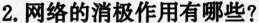
2.网络的消极作用有哪些?